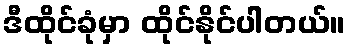
ဒီထိုင်ခုံမှာ ထိုင်နိုင်ပါတယ်။